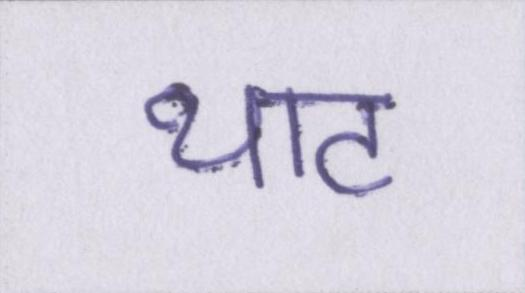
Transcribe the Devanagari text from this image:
थाट